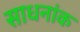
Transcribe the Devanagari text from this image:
साधनांक